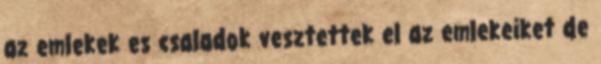
az emlekek es csaladok vesztettek el az emlekeiket de